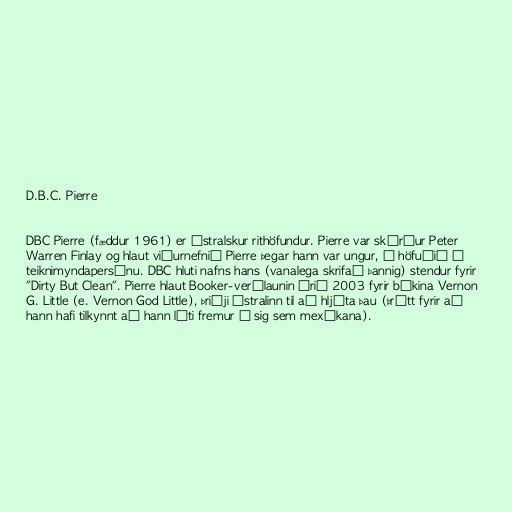
D.B.C. Pierre

DBC Pierre (fæddur 1961) er ástralskur rithöfundur. Pierre var skírður Peter
Warren Finlay og hlaut viðurnefnið Pierre þegar hann var ungur, í höfuðið á
teiknimyndapersónu. DBC hluti nafns hans (vanalega skrifað þannig) stendur fyrir
"Dirty But Clean". Pierre hlaut Booker-verðlaunin árið 2003 fyrir bókina Vernon
G. Little (e. Vernon God Little), þriðji ástralinn til að hljóta þau (þrátt fyrir að
hann hafi tilkynnt að hann líti fremur á sig sem mexíkana).